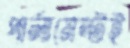
পার্লামেন্টই